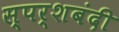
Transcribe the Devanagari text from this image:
स्पर्शबंदी